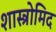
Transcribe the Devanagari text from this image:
शास्त्रोमिद